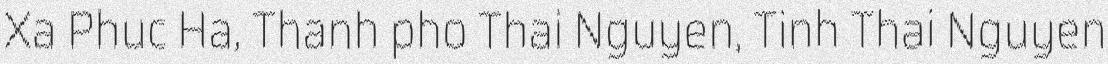
Xa Phuc Ha, Thanh pho Thai Nguyen, Tinh Thai Nguyen